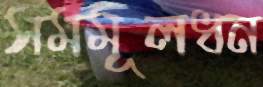
সমমূলধন